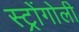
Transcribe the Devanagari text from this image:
स्ट्रोंगोली